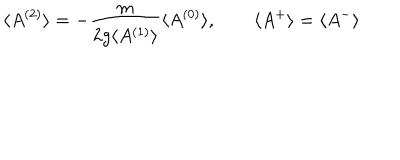
LaTeX: \langle A ^ { ( 2 ) } \rangle = - \frac { m } { 2 g \langle A ^ { ( 1 ) } \rangle } \langle A ^ { ( 0 ) } \rangle , \qquad \langle A ^ { + } \rangle = \langle A ^ { - } \rangle